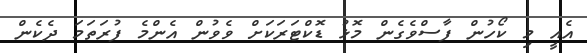
އެއީ މި ކޯހުން ފާސްވެގެން މޮޅު ޑޮކްޓަރަކަށް ވެވުން އެންމެ ފުރަތަމަ ދެކެން